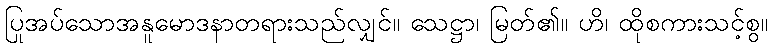
ပြုအပ်သောအနူမောဒနာတရားသည်လျှင်။ သေဋ္ဌာ၊ မြတ်၏။ ဟိ၊ ထိုစကားသင့်စွ။